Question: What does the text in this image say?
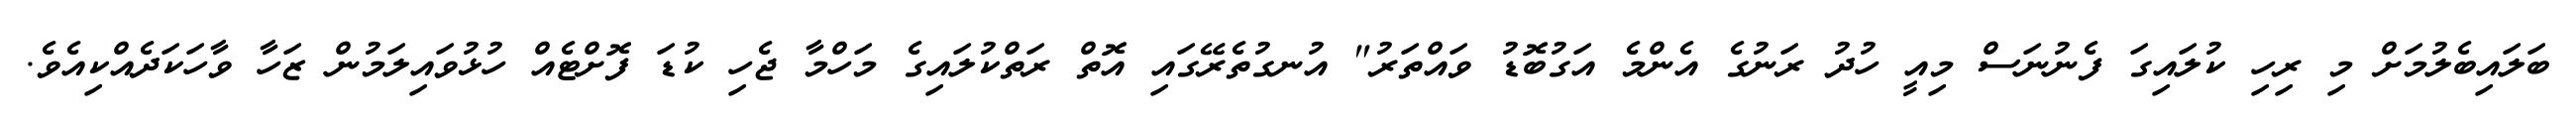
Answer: ބަލައިބެލުމަށް މި ރިހި ކުލައިގަ ފެނުނަސް މިއީ ހުދު ރަނުގެ އެންމެ އަގުބޮޑު ވައްތަރު" އުނގުތެރޭގައި އޮތް ރަތްކުލައިގެ މަހްމާ ޖެހި ކުޑަ ފޮށްޓެއް ހުޅުވައިލަމުން ޒަހާ ވާހަކަދެއްކިއެވެ.